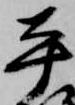
平